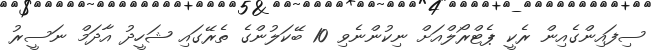
ސިފައިންގެއިން ރެކީ ޕެޓްރޯލްއަށް ނިކުންނެވި 10 ބޭކަލުންގެ ތެރޭގައި ޝަހީދު އާދަމް ނަސީރު